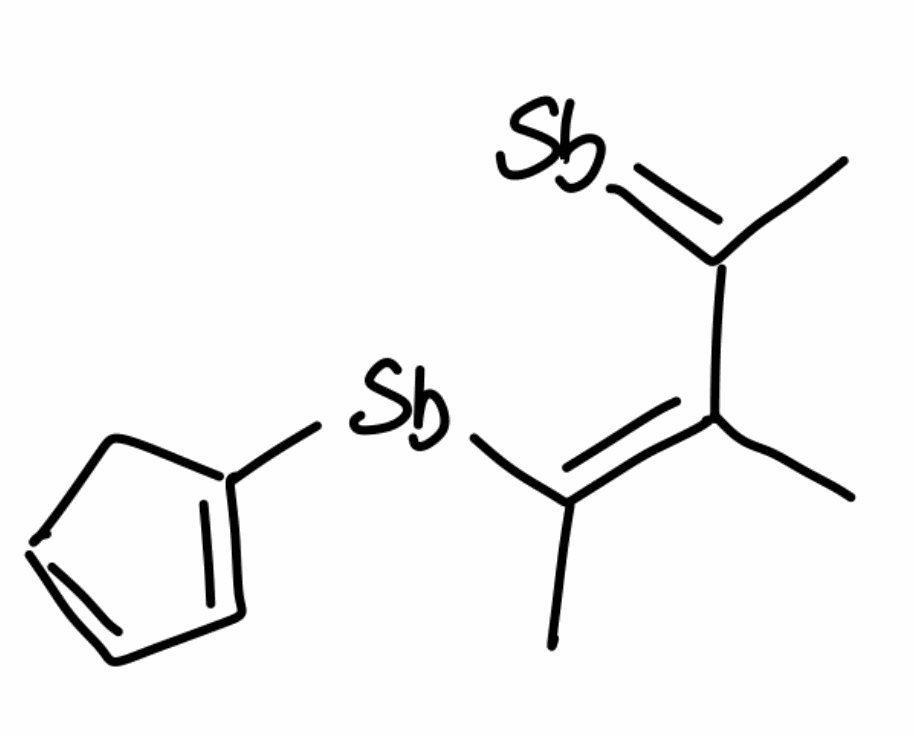
Simplified molecular-input line-entry system (SMILES) notation of the given molecule:
C/C(=C(\C)/[Sb]C1=CC=CC1)/C(=[Sb])C